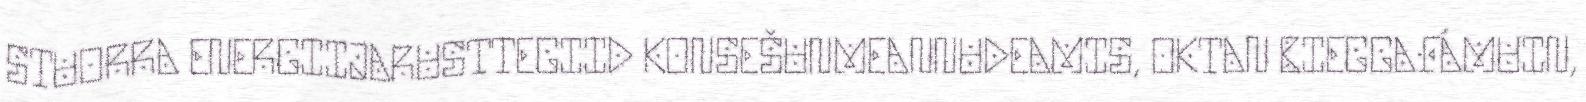
STUORRA ENERGIIJARUSTTEGIID KONSEŠUNMEANNUDEAMIS, OKTAN BIEGGAFÁMUIN,